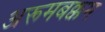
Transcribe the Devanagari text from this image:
अरूमबक्कम